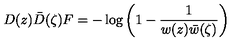
D ( z ) \bar { D } ( \zeta ) F = - \log \left( 1 - \frac 1 { w ( z ) \bar { w } ( \zeta ) } \right)